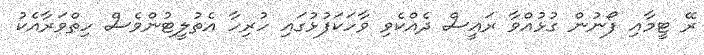
ރޭ ޓީމާއި ފޯނުން ގުޅުއްވާ ރައީސް ދެއްކެވި ވާހަކަފުޅުގައި ހުރިހާ އެތުލީޓުންވެސް ހިތްވަރާއެކު